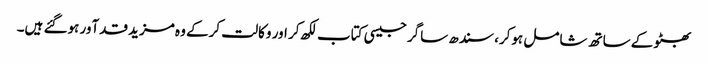
بھٹو کے ساتھ شامل ہوکر، سندھ ساگر جیسی کتاب لکھ کر اور وکالت کرکے وہ مزید قدآور ہوگئے ہیں۔